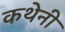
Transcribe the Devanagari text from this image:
कथेनी